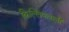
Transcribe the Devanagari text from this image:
किल्लियांवाली